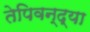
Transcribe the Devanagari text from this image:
तेपिवन्द्या